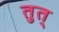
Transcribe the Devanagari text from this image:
तुत्